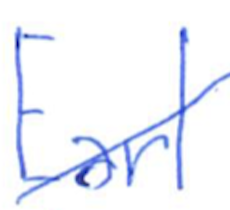
Text: Earl
Cross-out: diagonal
Writing tool: ballpoint